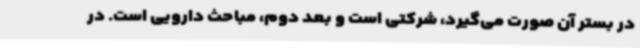
در بستر آن صورت می‌گیرد، شرکتی است و بعد دوم، مباحث دارویی است. در